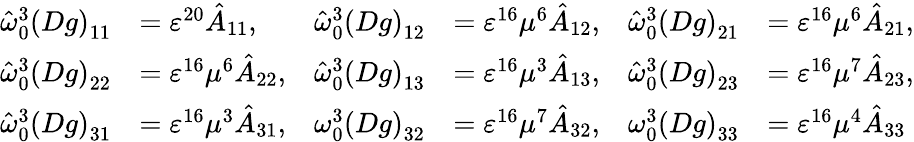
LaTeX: \begin{array}{rlrlrl}{\hat{\omega}_{0}^{3}\left(Dg\right)_{11}}&{=\varepsilon^{20}\hat{A}_{11},}&{\hat{\omega}_{0}^{3}\left(Dg\right)_{12}}&{=\varepsilon^{16}\mu^{6}\hat{A}_{12},}&{\hat{\omega}_{0}^{3}\left(Dg\right)_{21}}&{=\varepsilon^{16}\mu^{6}\hat{A}_{21},}\\ {\hat{\omega}_{0}^{3}\left(Dg\right)_{22}}&{=\varepsilon^{16}\mu^{6}\hat{A}_{22},}&{\hat{\omega}_{0}^{3}\left(Dg\right)_{13}}&{=\varepsilon^{16}\mu^{3}\hat{A}_{13},}&{\hat{\omega}_{0}^{3}\left(Dg\right)_{23}}&{=\varepsilon^{16}\mu^{7}\hat{A}_{23},}\\ {\hat{\omega}_{0}^{3}\left(Dg\right)_{31}}&{=\varepsilon^{16}\mu^{3}\hat{A}_{31},}&{\omega_{0}^{3}\left(Dg\right)_{32}}&{=\varepsilon^{16}\mu^{7}\hat{A}_{32},}&{\omega_{0}^{3}\left(Dg\right)_{33}}&{=\varepsilon^{16}\mu^{4}\hat{A}_{33}}\end{array}